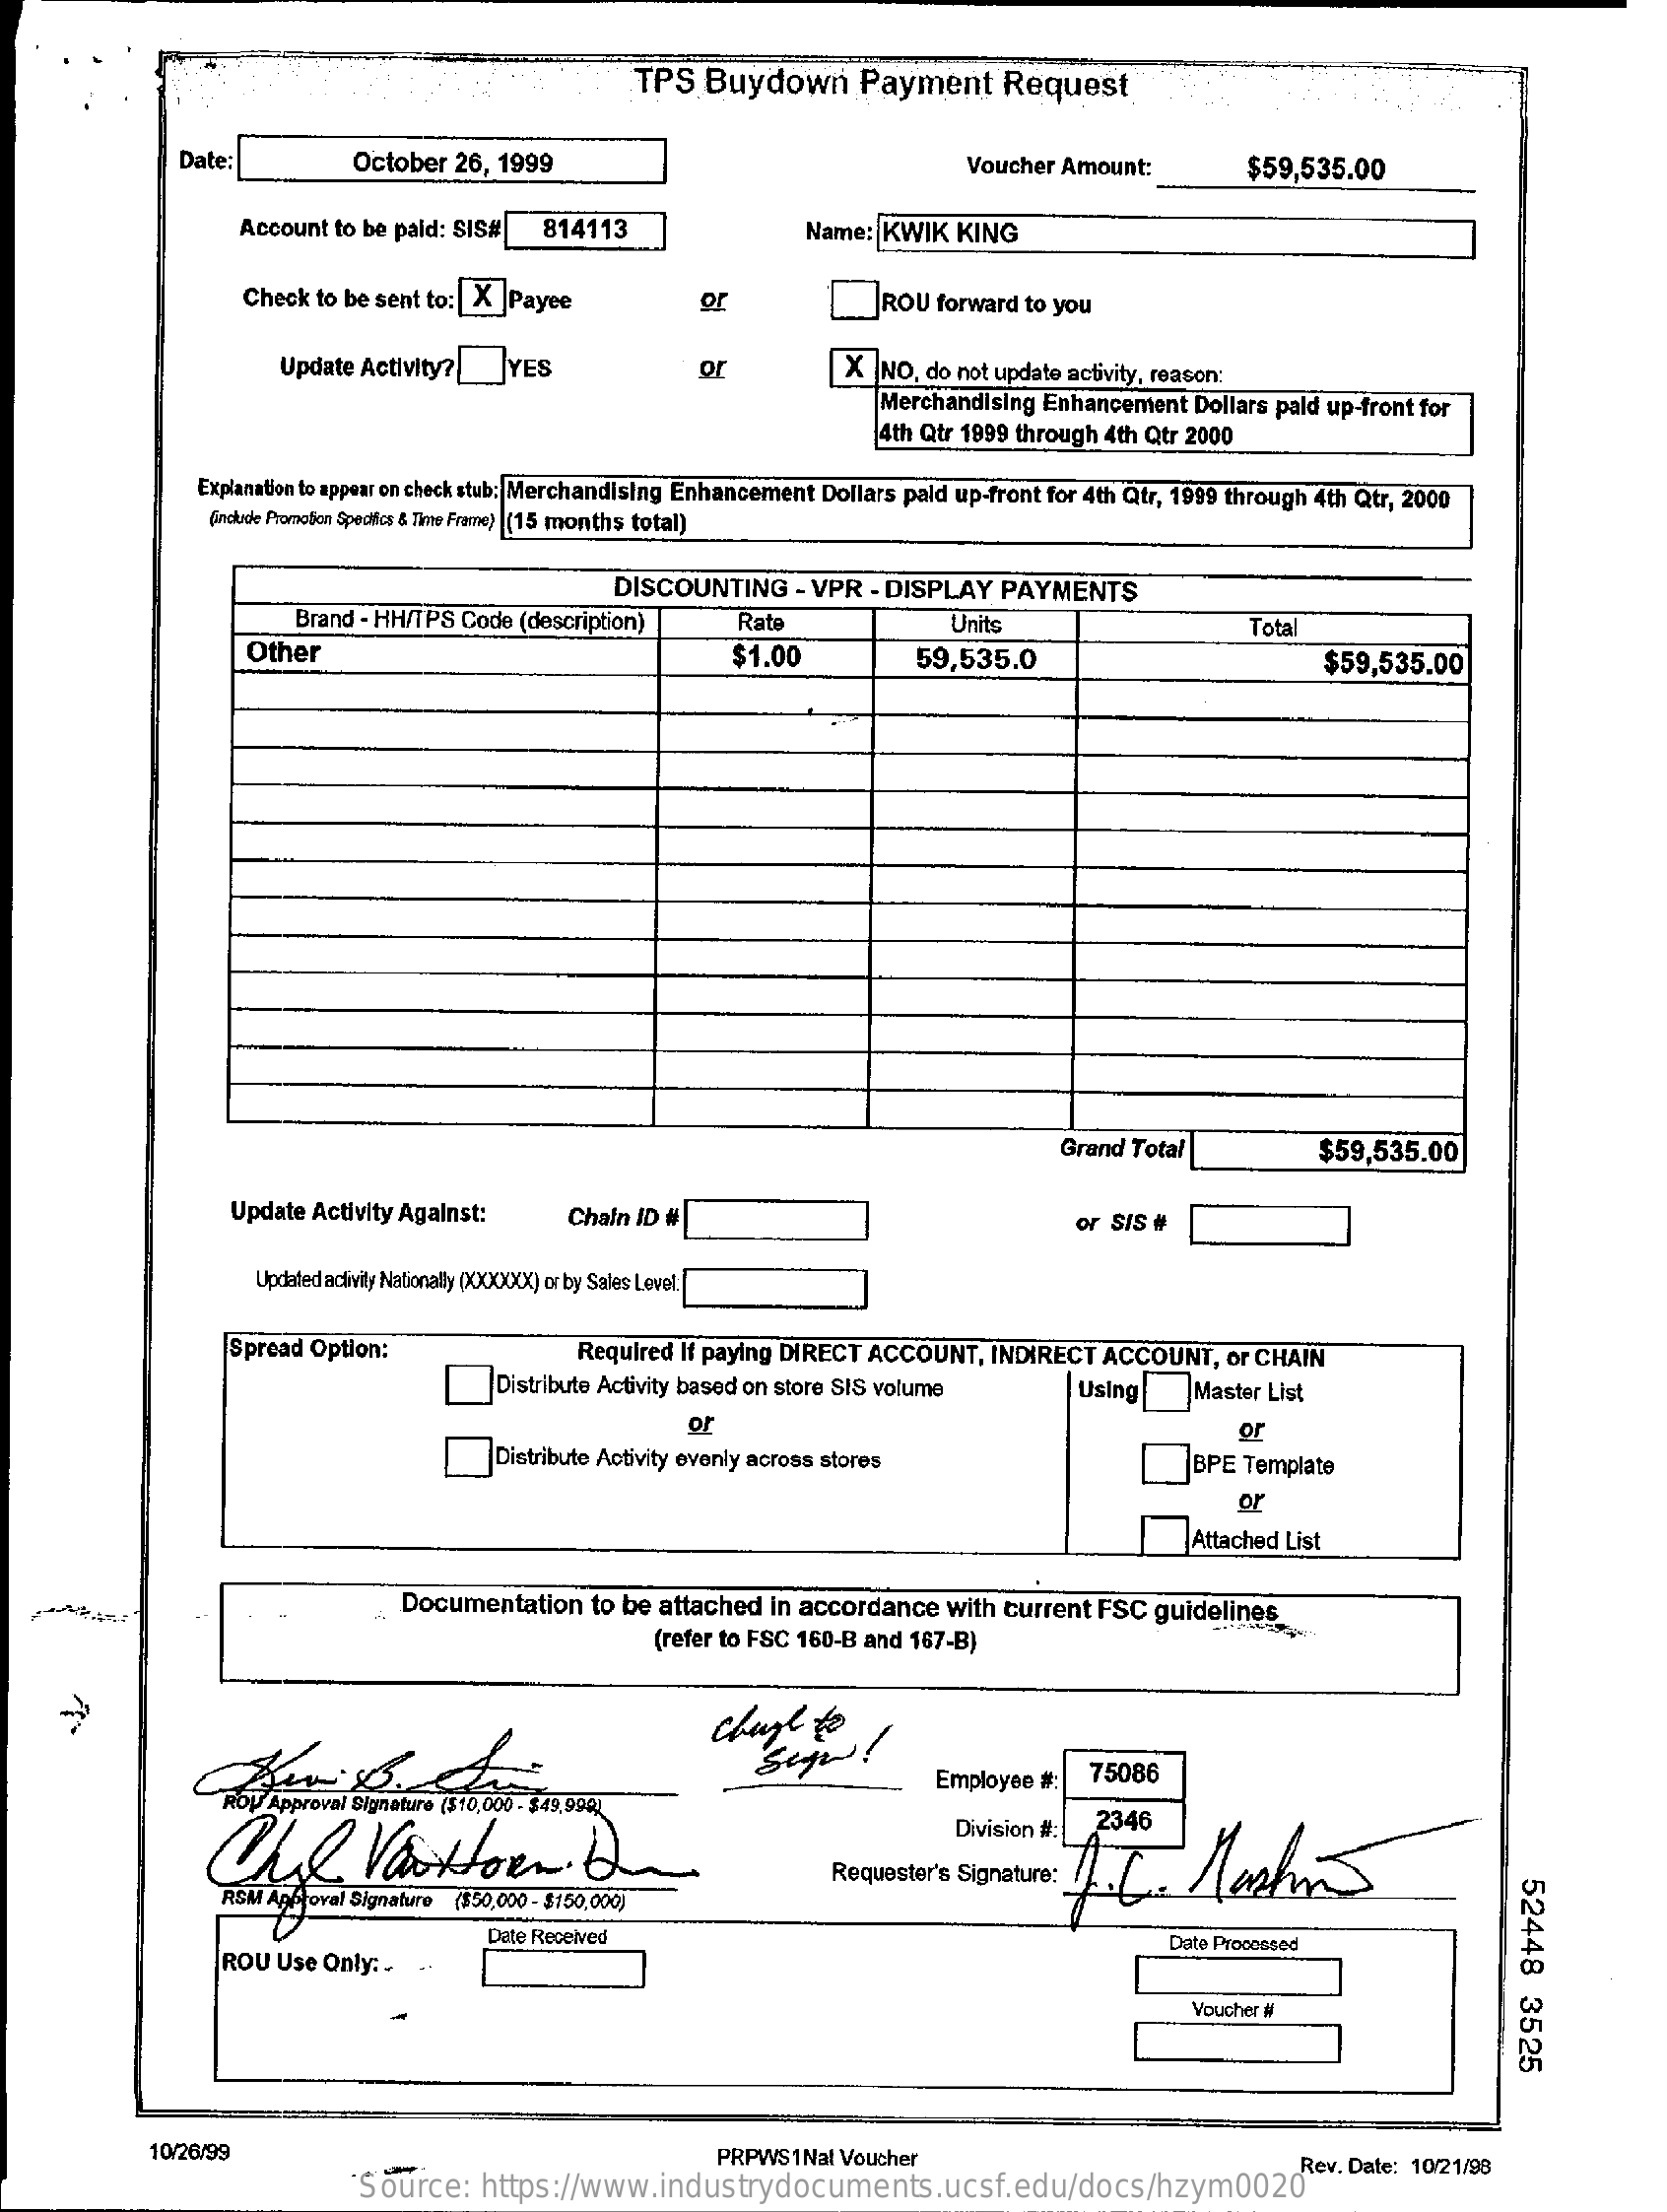
TPS  Buydown    Payment    Request
     Date:    October 26, 1999    Voucher Amount:    $59,535.00
     Account to be paid: SIS#  814113    Name: KWIK   KING
     Check to be sent to: | X |Payee    or    ROU  forward to you
     Update Activity?YES    or    X  NO, do not update activity, reason:
     Merchandising Enhancement  Dollars pald up-front for
     4th Qtr 1999 through 4th Qtr 2000
     Explanation to appear on check stub: Merchandising Enhancement Dollars pald up-front for 4th Qtr, 1999 through 4th Qtr, 2000
     (include Promotion Specifics & Time Frame) (15 months total)
     DISCOUNTING    - VPR  - DISPLAY PAYMENTS
     Brand - HH/TPS Code (description)    Rate    Units    Total
     Other    $1.00    59,535.0    $59,535.00
     Grand Total    $59,535.00
     Update Activity Against:    Chain ID #    or SIS #
     Updated activity Nationally (XXXXXX) or by Sales Level:
     Spread Option:    Required If paying DIRECT ACCOUNT, INDIRECT ACCOUNT,   or CHAIN
     Distribute Activity based on store SIS volume    Using    Master List
     or    or
     Distribute Activity evenly across stores    BPE Template
     or
     Attached List
     Documentation   to be attached in accordance  with current FSC guidelines
     (refer to FSC 160-B and 167-B)
     change  to   !
     Employee #:  75086
     Division #:
     2346
     52448
     3525
     re ($50,000 - $150,000)
     ROU Use Only :.
     Date Received    Date Processed
     Voucher #
     10/26/99    PRPWS1Nat Voucher    Rev. Date: 10/21/98
     Source:   https://www.industrydocuments.ucsf.edu/docs/hzym0020